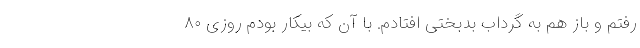
رفتم و باز هم به گرداب بدبختی افتادم. با آن که بیکار بودم روزی ۸۰